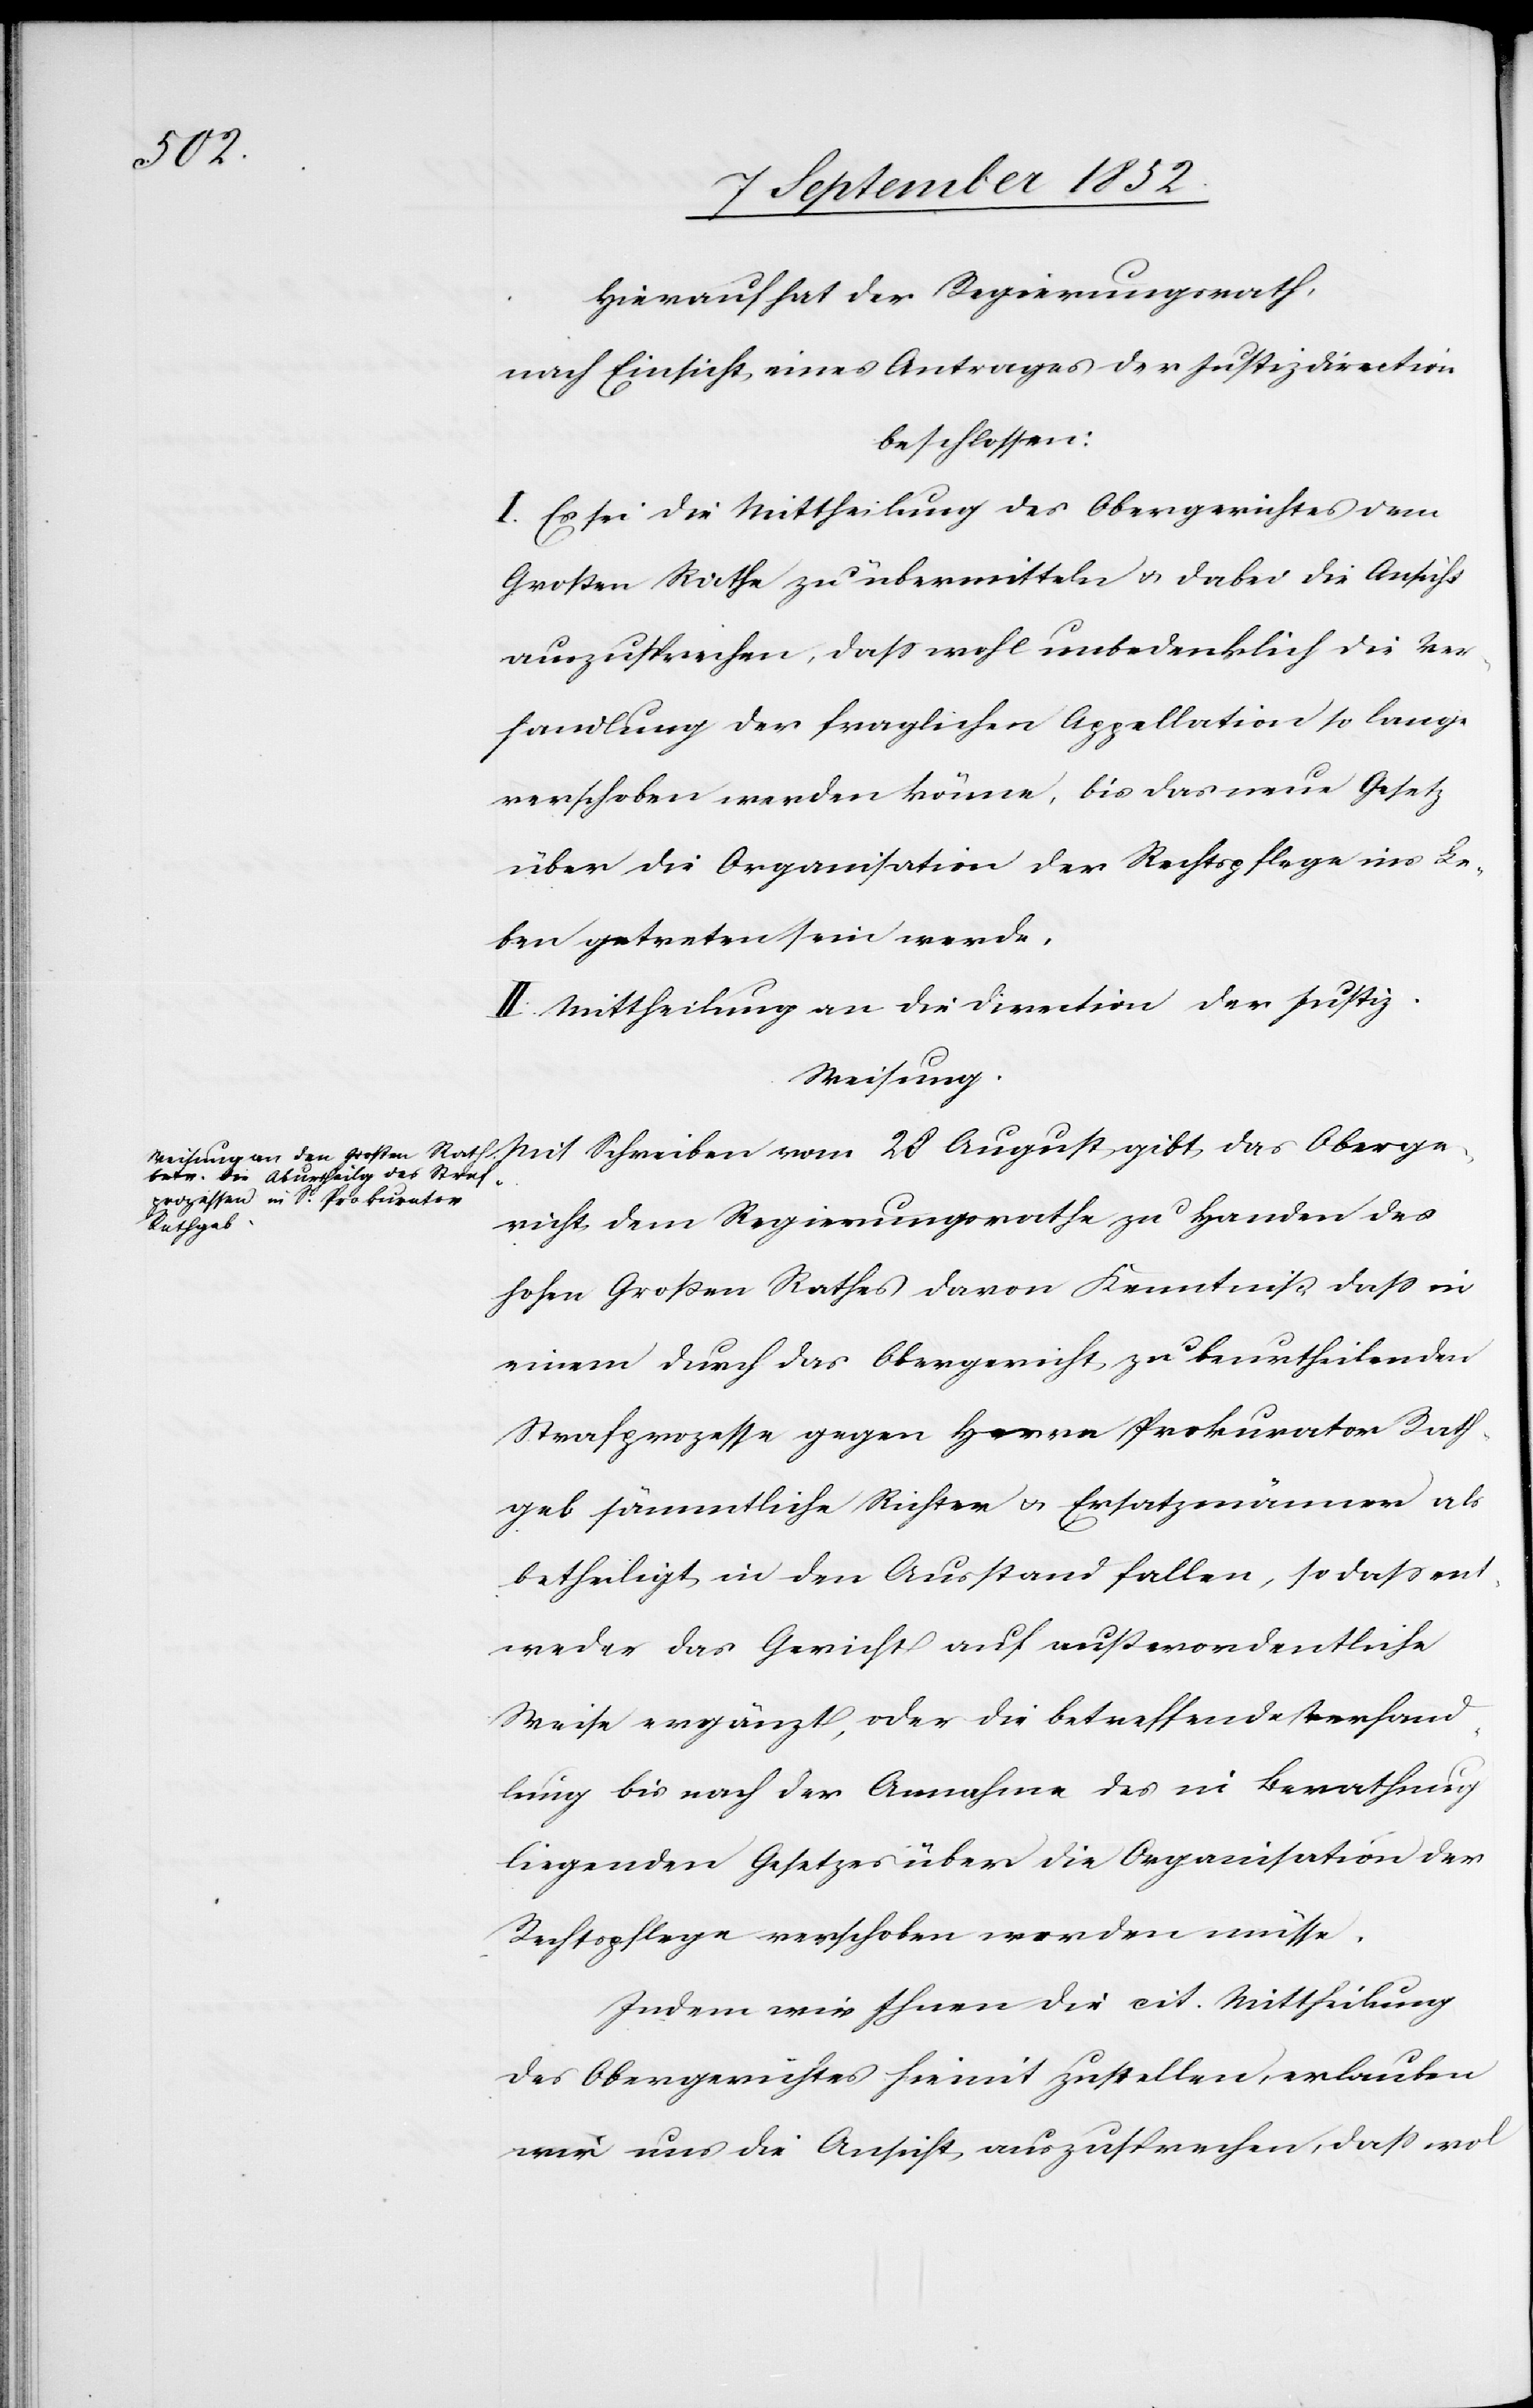
vom 28

Hierauf hat der Regierungsrath,
nach Einsicht eines Antrages der Justizdirection
beschlossen:
I. Es sei die Mittheilung des Obergerichtes dem
Großen Rathe zu übermitteln & dabei die Ansicht
auszusprechen, dass wohl unbedenklich die Ver¬
handlung der fraglichen Appellation so lange
verschoben werden könne, bis das neue Gesetz
über die Organisation der Rechtspflege ins Le¬
ben getreten sein werde.
II. Mittheilung an die Direction der Justiz.
Weisung.
richt dem Regierungsrathe zu Handen des
das Oberge¬
hohen Großen Rathes davon Kenntniß, dass in
einem durch das Obergericht zu beurtheilenden
Strafprozesse gegen Herrn Prokurator Rath¬
geb sämmtliche Richter & Ersatzmänner als
betheiligt in den Ausstand fallen, so dass ent¬
weder das Gericht auf außerordentliche
Weise ergänzt, oder die betreffende Verhand¬
lung bis nach der Annahme des in Berathung
liegenden Gesetzes über die Organisation der
Rechtspflege verschoben werden müsse.
Indem wir Ihnen die cit. Mittheilung
des Obergerichtes hiemit zustellen, erlauben
wir uns die Ansicht auszusprechen, dass wol